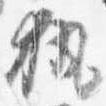
執